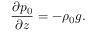
\frac { \partial p _ { 0 } } { \partial z } = - \rho _ { 0 } g .